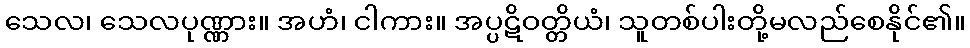
သေလ၊ သေလပုဏ္ဏား။ အဟံ၊ ငါကား။ အပ္ပဋိဝတ္တိယံ၊ သူတစ်ပါးတို့မလည်စေနိုင်၏။